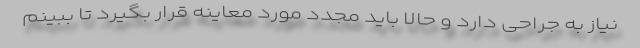
نیاز به جراحی دارد و حالا باید مجدد مورد معاینه قرار بگیرد تا ببینم